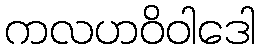
ကလဟဝိဝါဒေါ